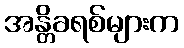
အန္တိခရစ်များက